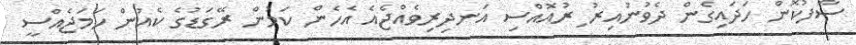
ސާފުކޮން ހަދައިގެން ދެވުނުއިރު ިރުއޮއްސި އަނދިރިވެއްޖެއެ އެހެން ކަމުން ރޭގަޑުގެ ކެއުން ހަމަޖެއްސީ